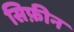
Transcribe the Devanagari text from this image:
सिफ़ीन